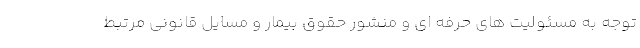
توجه به مسئولیت های حرفه ای و منشور حقوق بیمار و مسایل قانونی مرتبط